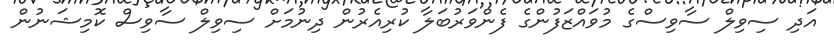
އަދި ސިވިލް ސާވިސްގެ މުވައްޒަފުންގެ ފެންވަރުބަލާ ކުރިއެރުން ދިނުމަށް ސިވިލް ސާވިސް ކޮމިޝަނުން